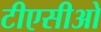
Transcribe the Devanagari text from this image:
टीएसीओ